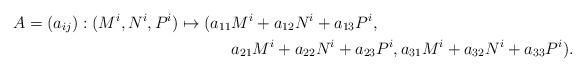
LaTeX: \begin{align*}A = (a_{ij}) : (M^i,N^i,P^i) \mapsto (a_{11}& M^i+a_{12}N^{i}+a_{13}P^{i}, \\ & a_{21}M^i+a_{22}N^{i}+a_{23}P^{i},a_{31}M^i+a_{32}N^{i}+a_{33}P^{i}). \end{align*}